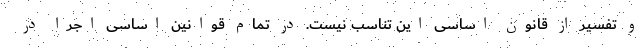
و تفسیر از قانون اساسی این تناسب نیست. در تمام قوانین اساسی اجرا در